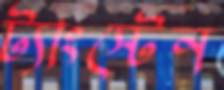
ট্যাংস্টেন